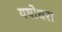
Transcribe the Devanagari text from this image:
यषोधरा